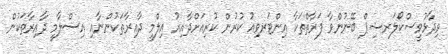
ވިދާޅުވީސްކޯލަރޝިޕް ބޭނުންވާ ފަރާތްތަކާ އިންޓަރވިއު ކުރުން ކުރިއަށްދާއިރު އިލްމީ ދާއިރާތަކުންނާއި އިސްލާމީ ދާއިރާތަކުން